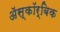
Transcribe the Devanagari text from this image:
ॲस्कॉर्बिक